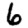
Digit: 6